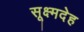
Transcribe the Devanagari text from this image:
सूक्ष्मदेह